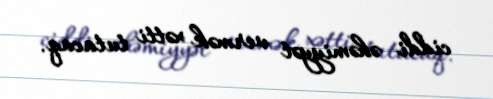
ciddi əhəmiyyət vermək xətti tutacaq.